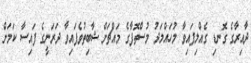
ދާއިރާގެ ގޮނޑި ގެއްލިފައިވާ މުހައްމަދު މުސްތޮފާގެ މައްޗަށް ޝާބިތުވެފައިވާ ދަރަނީގެ ފައިސާ ކަމަށް